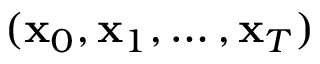
( \mathbf { x } _ { 0 } , \mathbf { x } _ { 1 } , \dots , \mathbf { x } _ { T } )